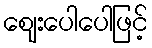
ဈေးပေါပေါဖြင့်